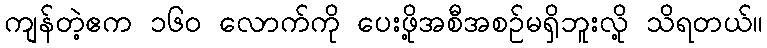
ကျန်တဲ့ဧက ၁၆၀ လောက်ကို ပေးဖို့အစီအစဉ်မရှိဘူးလို့ သိရတယ်။